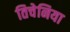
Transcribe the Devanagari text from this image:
तिचेनिया